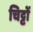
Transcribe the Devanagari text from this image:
चिट्टों